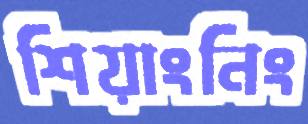
শিয়াংনিং